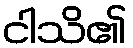
ငါသိ၏